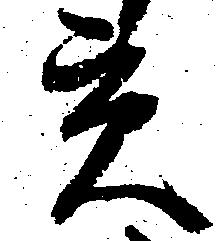
貢